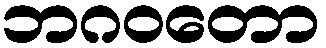
ဘဂဝတော